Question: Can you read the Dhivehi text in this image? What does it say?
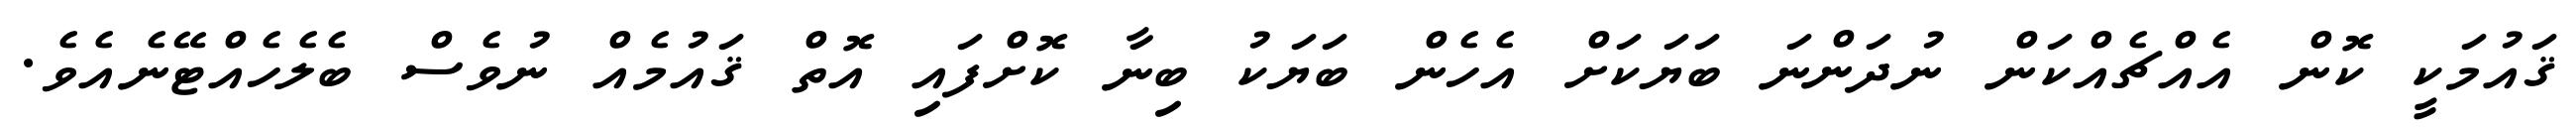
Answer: ޤައުމަކީ ކޮން އެއްޗެއްކަން ނުދަންނަ ބަޔަކަށް އެހެން ބަޔަކު ބިނާ ކޮށްފައި އޮތް ޤައުމެއް ނުވެސް ބެލެހެއްޓޭނެއެވެ.